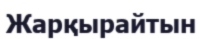
Жарқырайтын